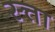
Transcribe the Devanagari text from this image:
स्त्ता